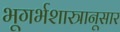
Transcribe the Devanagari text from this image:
भूगर्भशास्त्रानूसार